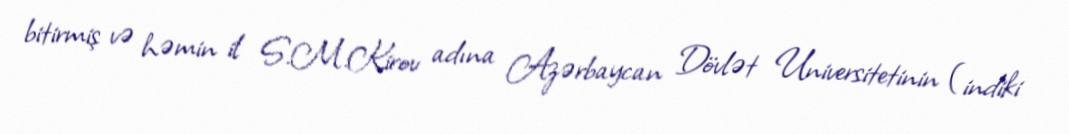
bitirmiş və həmin il S.M.Kirov adına Azərbaycan Dövlət Universitetinin (indiki